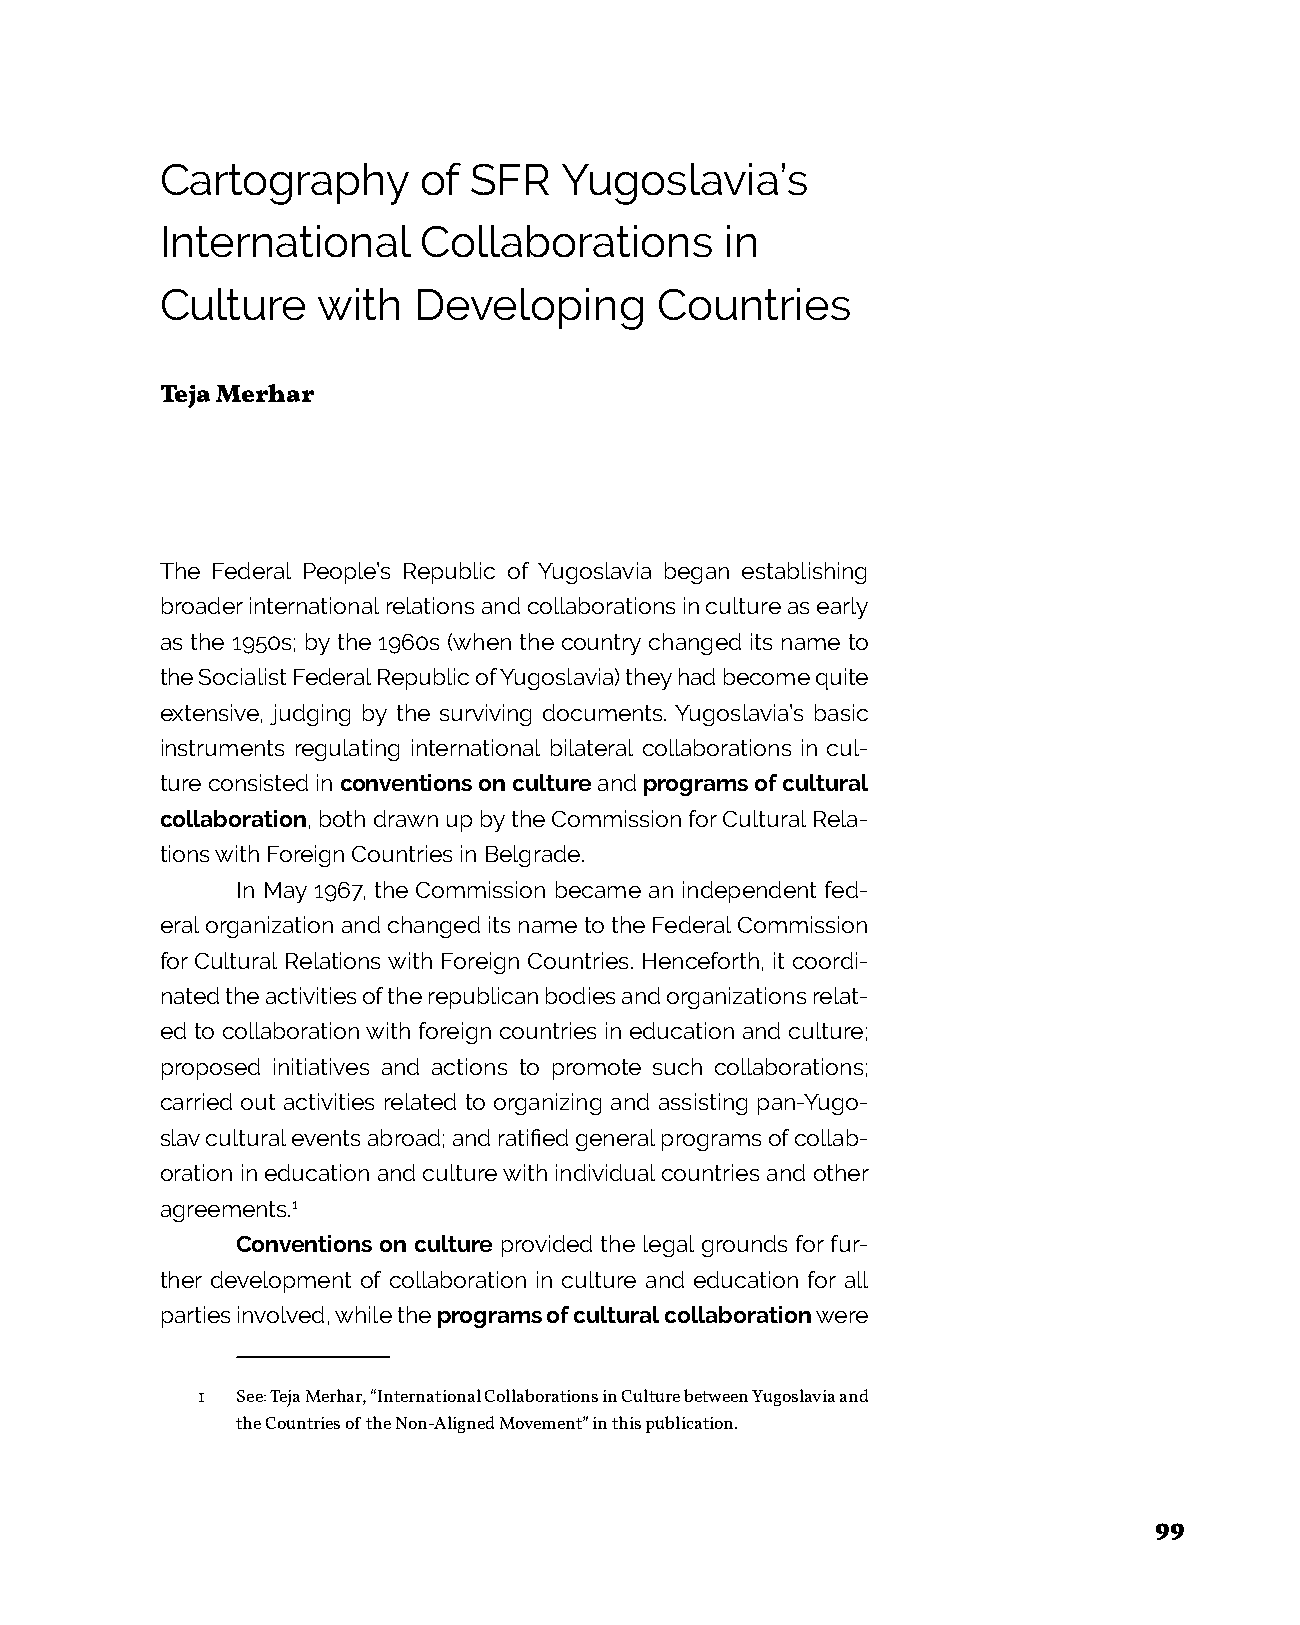
Cartography      of SFR   Yugoslavia’s
 International    Collaborations      in
 Culture   with  Developing      Countries
 Teja Merhar
 The Federal People’s Republic of Yugoslavia began establishing
 broader international relations and collaborations in culture as early
 as the 1950s; by the 1960s (when the country changed its name to
 the Socialist Federal Republic of Yugoslavia) they had become quite
 extensive, judging by the surviving documents. Yugoslavia’s basic
 instruments regulating international bilateral collaborations in cul-
 ture consisted in conventions on culture and programs of cultural
 collaboration, both drawn up by the Commission for Cultural Rela-
 tions with Foreign Countries in Belgrade.
 In May 1967, the Commission became an independent fed-
 eral organization and changed its name to the Federal Commission
 for Cultural Relations with Foreign Countries. Henceforth, it coordi-
 nated the activities of the republican bodies and organizations relat-
 ed to collaboration with foreign countries in education and culture;
 proposed initiatives and actions to promote such collaborations;
 carried out activities related to organizing and assisting pan-Yugo-
 slav cultural events abroad; and ratified general programs of collab-
 oration in education and culture with individual countries and other
 agreements.1
 Conventions on culture provided the legal grounds for fur-
 ther development of collaboration in culture and education for all
 parties involved, while the programs of cultural collaboration were
 1  See: Teja Merhar, “International Collaborations in Culture between Yugoslavia and
 the Countries of the Non-Aligned Movement” in this publication.
 99